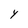
Character: Y